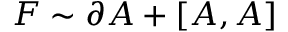
F \sim \partial A + [ A , A ]